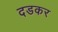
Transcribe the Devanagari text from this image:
दडकर